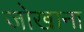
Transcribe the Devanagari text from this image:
जोखाना